Aleksander_Warma, lk 6
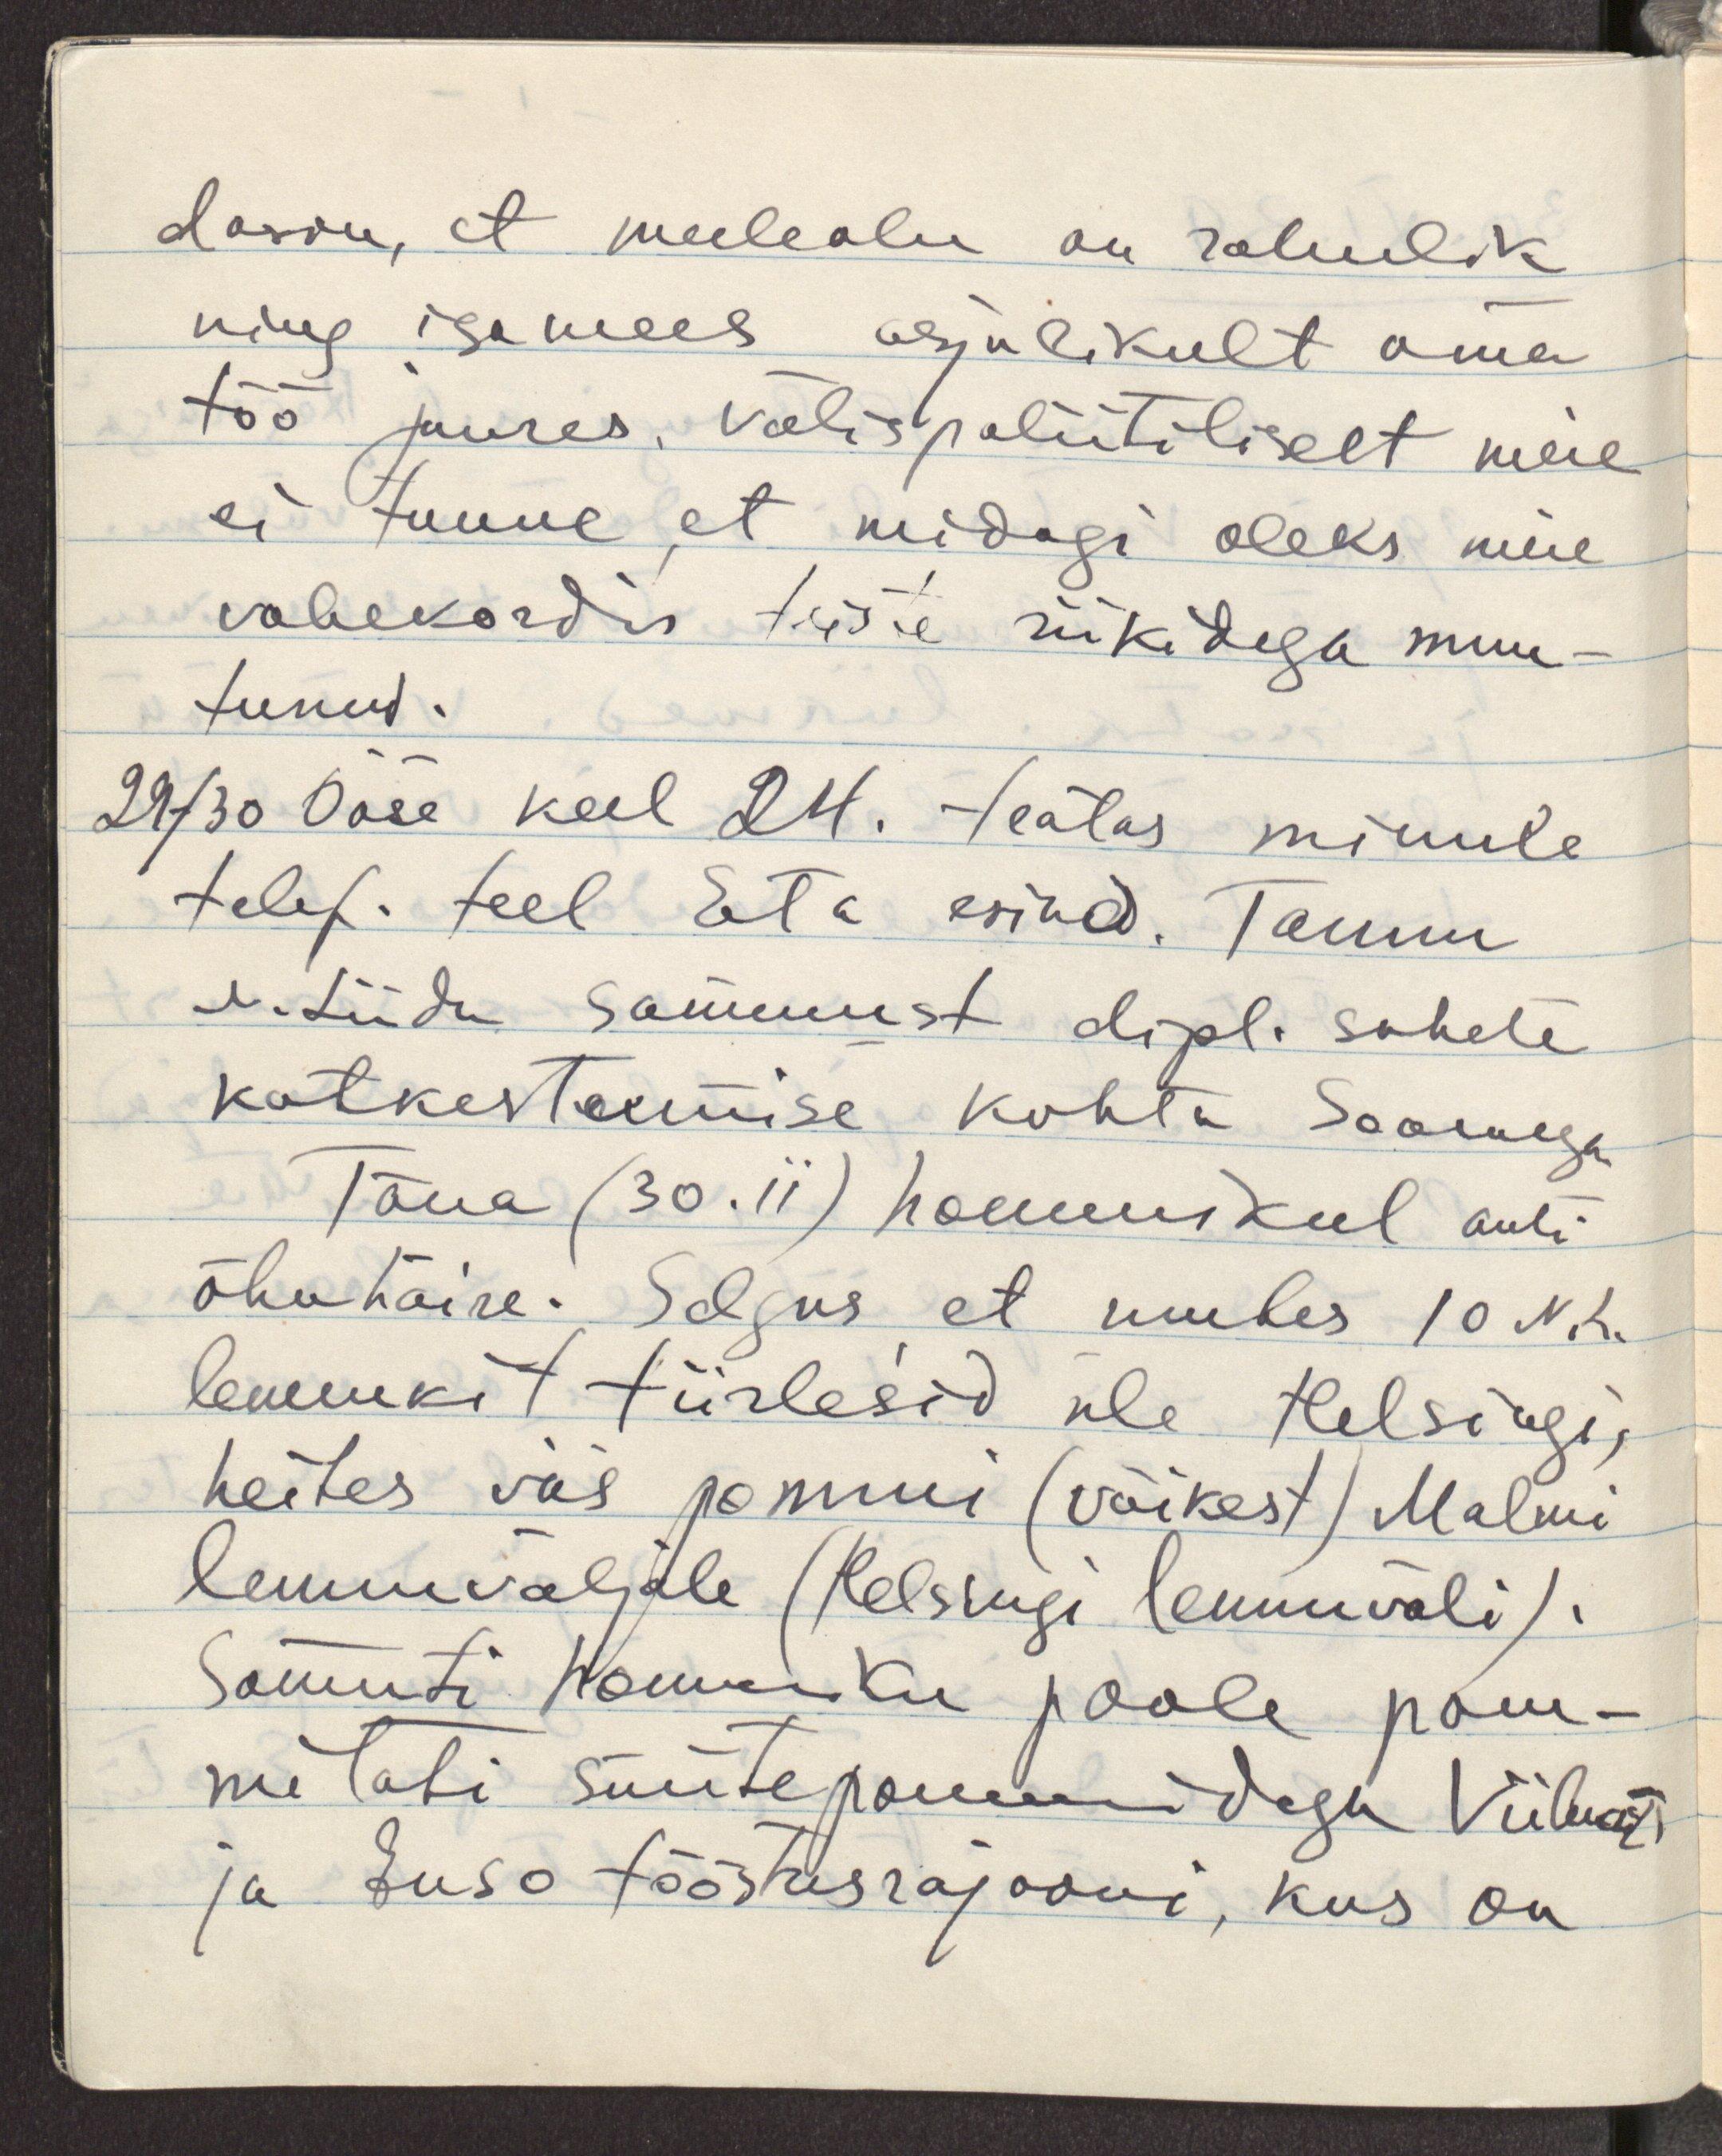
dasin, et meeleolu on rahulik
ning iga mees asjalikult oma
töö juures, välispoliitiliselt meie
ei tunne, et midagi oleks meie
vahekordis teiste riikidega muu-
tunud.
29-/30 Ööse kell 24. teatas minule
telef. teel Eta esind. Tamm
N.Liidu sammust dipl. suhete
katkestamise kohta Soomega.
Täna (30.ii) hommikul anti
õhuhäire. Selgus, et umbes 10 N.L.
lennukit tiirlesid üle Helsingi,
heites viis pommi (väikest) Malmi
lennuväljale (Helsingi lennuväli).
Samuti hommiku poole pom-
mitati süütepommidega Viiburi
ja Enso tööstusrajooni, kus on